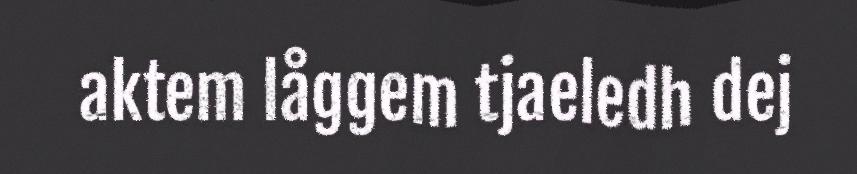
aktem låggem tjaeledh dej